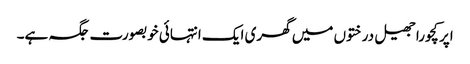
اپر کچورا جھیل درختوں میں گھری ایک انتہائی خوبصورت جگہ ہے۔